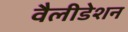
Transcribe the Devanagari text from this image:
वैलीडेशन